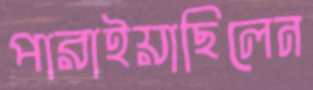
পারাইয়াছিলেন